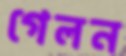
গেলন